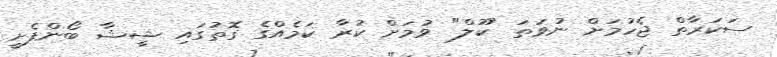
ސަކަރާތް ޖެހުމަށް ނުވަތަ "ކޫލް" ވުމަށް ކުރާ ކަމެއްގެ ގޮތުގައި ޝީޝާ ބޯންފެށީ